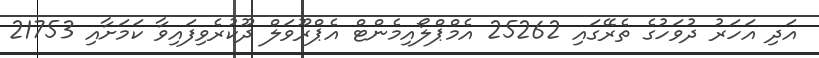
އަދި އަހަރު ދުވަހުގެ ތެރޭގައި 25262 އެމްޕްލޯއިމެންޓް އެޕްރޫވަލް ދޫކުރެވިފައިވާ ކަމަށާއި 21753